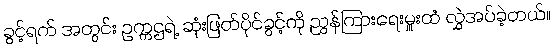
ခွင့်ရက် အတွင်း ဥက္ကဌရဲ့ ဆုံးဖြတ်ပိုင်ခွင့်ကို ညွှန်ကြားရေးမှူးထံ လွှဲအပ်ခဲ့တယ်။